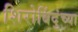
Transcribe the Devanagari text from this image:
शिरोबिंदुंच्या